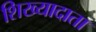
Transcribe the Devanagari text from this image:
शिख्यादाता